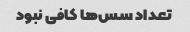
تعداد سس‌ها کافی نبود